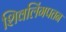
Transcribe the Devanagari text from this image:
शिवलिंगपतन